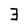
Character: 3